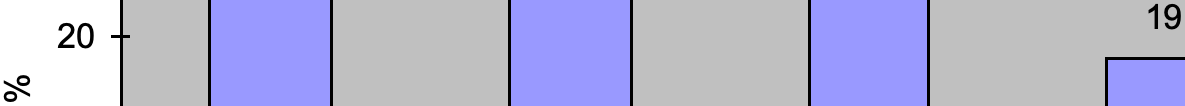
19 20 %